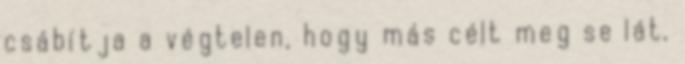
csábítja a végtelen, hogy más célt meg se lát,